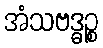
အံသဗဒ္ဓဉ္စ